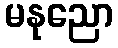
မနုညော